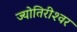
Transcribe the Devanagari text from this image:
ज्योतिरीश्‍वर